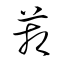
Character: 箱